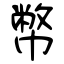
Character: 幣